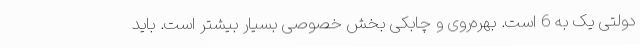
دولتی یک به 6 است. بهره‌روی و چابکی بخش خصوصی بسیار بیشتر است. باید